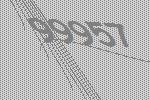
99957